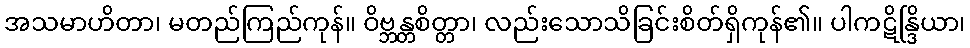
အသမာဟိတာ၊ မတည်ကြည်ကုန်။ ဝိဗ္ဘန္တစိတ္တာ၊ လည်းသောသိခြင်းစိတ်ရှိကုန်၏။ ပါကဋိန္ဒြိယာ၊